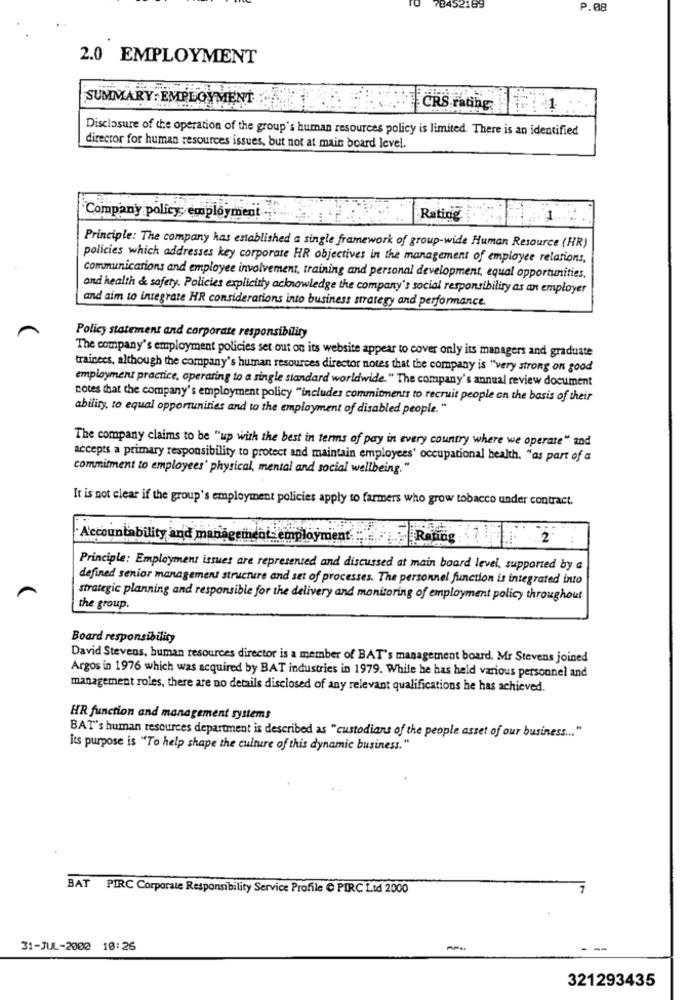
78452189
P.08
2.0 EMPLOYMENT
SUMMARY: EMPLOYMENT
CRS rating
Disclosure of the operation of the group's human resources policy is limited. There is an identified
director for human resources issues, but not at main board level.
Company policys employment-
Rating
1.
Principle: The company has established a single framework of group-wide Human Resource (HR)
policies which addresses key corporate HR objectives in the management of employee relations,
communications and employee involvement, training and personal development, equal opportunities.
and health & safety. Policies explicitly acknowledge the company's social responsibility as an employer
and aim to integrate HR considerations into business strategy and performance.
Policy statement and corporate responsibility
The company's employment policies set out on its website appear to cover only its managers and graduate
trainees, although the company's human resources director notes that the company is "very strong on good
employment practice, operaring to a single standard worldwide." The company's annual review document
notes that the company's employment policy "includes commitments to recruit people on the basis of their
ability, to equal opportunities and to the employment of disabled people."
The company claims to be "up with the best in terms of pay in every country where we operate" and
accepts a primary responsibility to protect and maintain employees' occupational health. "as part of a
commitment to employees' physical, mental and social wellbeing."
It is not clear if the group's employment policies apply to farmers who grow tobacco under contract.
Accountability and management-employment.
Rating :
2
Principle: Employment issues are represented and discussed at main board level, supported by a
defined senior management structure and set of processes. The personnel function is integrated into
strategic planning and responsible for the delivery and monitoring of employment policy throughout
the group.
Board responsibility
David Stevens, human resources director is a member of BAT's management board. Mr Stevens joined
Argos in 1976 which was acquired by BAT industries in 1979. While he has held various personnel and
management roles, there are no details disclosed of any relevant qualifications he has achieved.
HR function and management systems
BAT's human resources department is described as "custodians of the people asset of our business ... "
Its purpose is "To help shape the culture of this dynamic business."
BAT PIRC Corporate Responsibility Service Profile @ PIRC Lid 2000
31-JUL-2000 10:26
APN
-
321293435